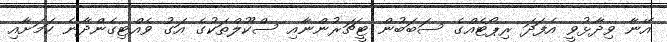
އޭނާ ވިދާޅުވީ އެފަދަ ރިޕޯޓެއްގެ ސަބަބުން ޓީޗަރުންނާއި ސްކޫލްތަކުގެ އަގު ވެއްޓިގެންދާނެ ކަމަށާއި